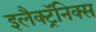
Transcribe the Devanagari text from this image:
इलैक्ट्रॅनिक्स